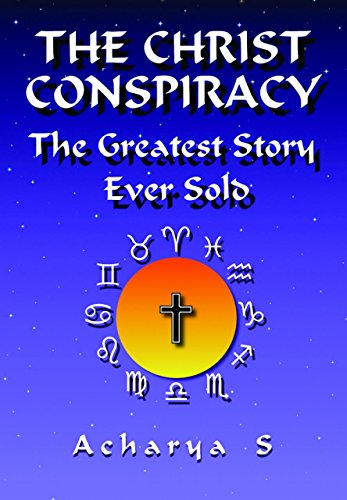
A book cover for The Christ Conspiracy: The Greatest Story Ever Sold; Acharya S; Religion & Spirituality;